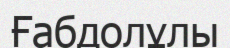
Ғабдолұлы